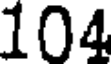
104